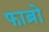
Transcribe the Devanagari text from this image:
फाब्रो